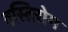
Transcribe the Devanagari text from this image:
वस्तिरोग